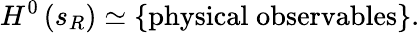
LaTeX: H^{0}\left(s_{R}\right)\simeq\left\{ \mathrm{physical\; observables}\right\} .